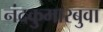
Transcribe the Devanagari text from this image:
नंदकुमारबुवा